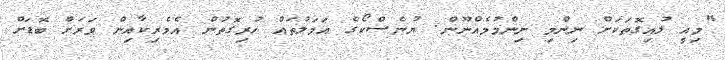
"މިއީ ލުއިގޮތަކަށް ނިންމި ނިންމުމެއްނޫން. ޔުނެސްކޯގެ އަމަލުތައް ހުރިގޮތުން އެމެރިކާއިން ވަރަށް ބޮޑަށް